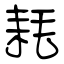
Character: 耗